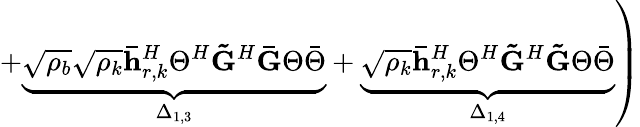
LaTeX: \left.+\underset{\Delta_{1,3}}{\underbrace{\sqrt{\rho_{b}}\sqrt{\rho_{k}}\mathbf{\bar{h}}_{r,k}^{H}\Theta^{H}\mathbf{\tilde{G}}^{H}\mathbf{\bar{G}}\Theta\bar{\Theta}}}+\underset{\Delta_{1,4}}{\underbrace{\sqrt{\rho_{k}}\mathbf{\bar{h}}_{r,k}^{H}\Theta^{H}\mathbf{\tilde{G}}^{H}\mathbf{\tilde{G}}\Theta\bar{\Theta}}}\right)